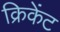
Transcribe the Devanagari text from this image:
क्रिकेंट